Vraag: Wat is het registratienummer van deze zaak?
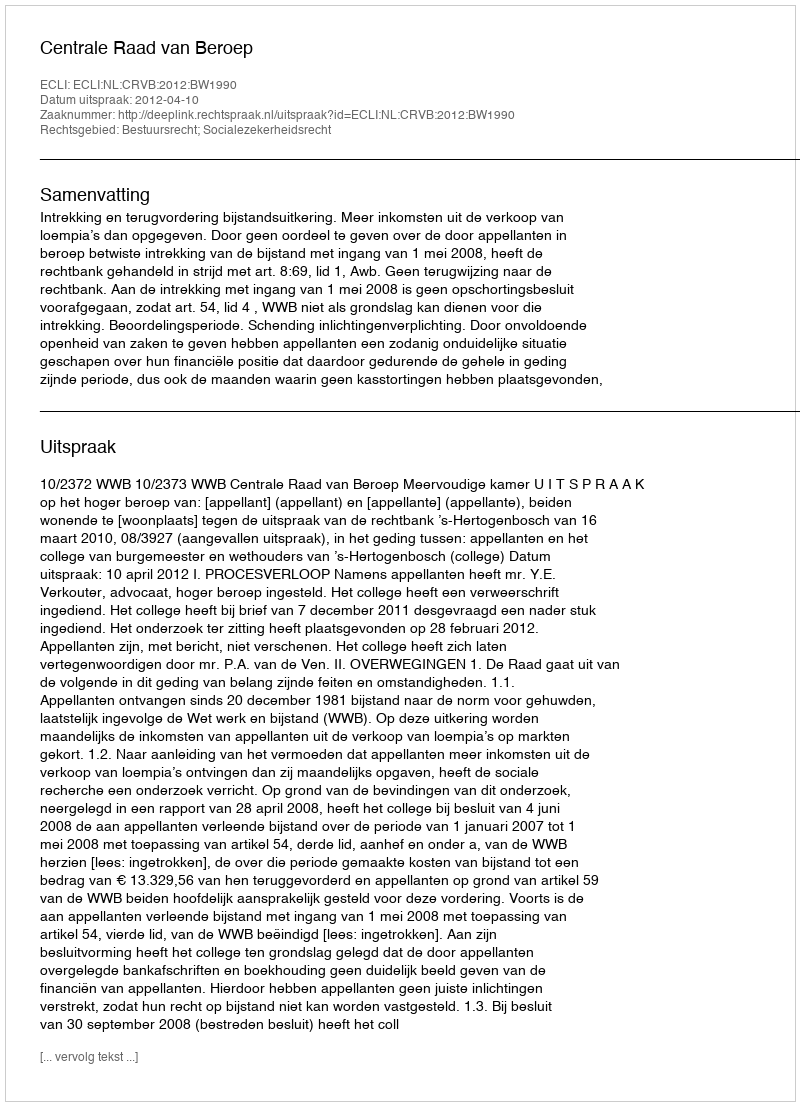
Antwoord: http://deeplink.rechtspraak.nl/uitspraak?id=ECLI:NL:CRVB:2012:BW1990